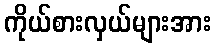
ကိုယ်စားလှယ်များအား